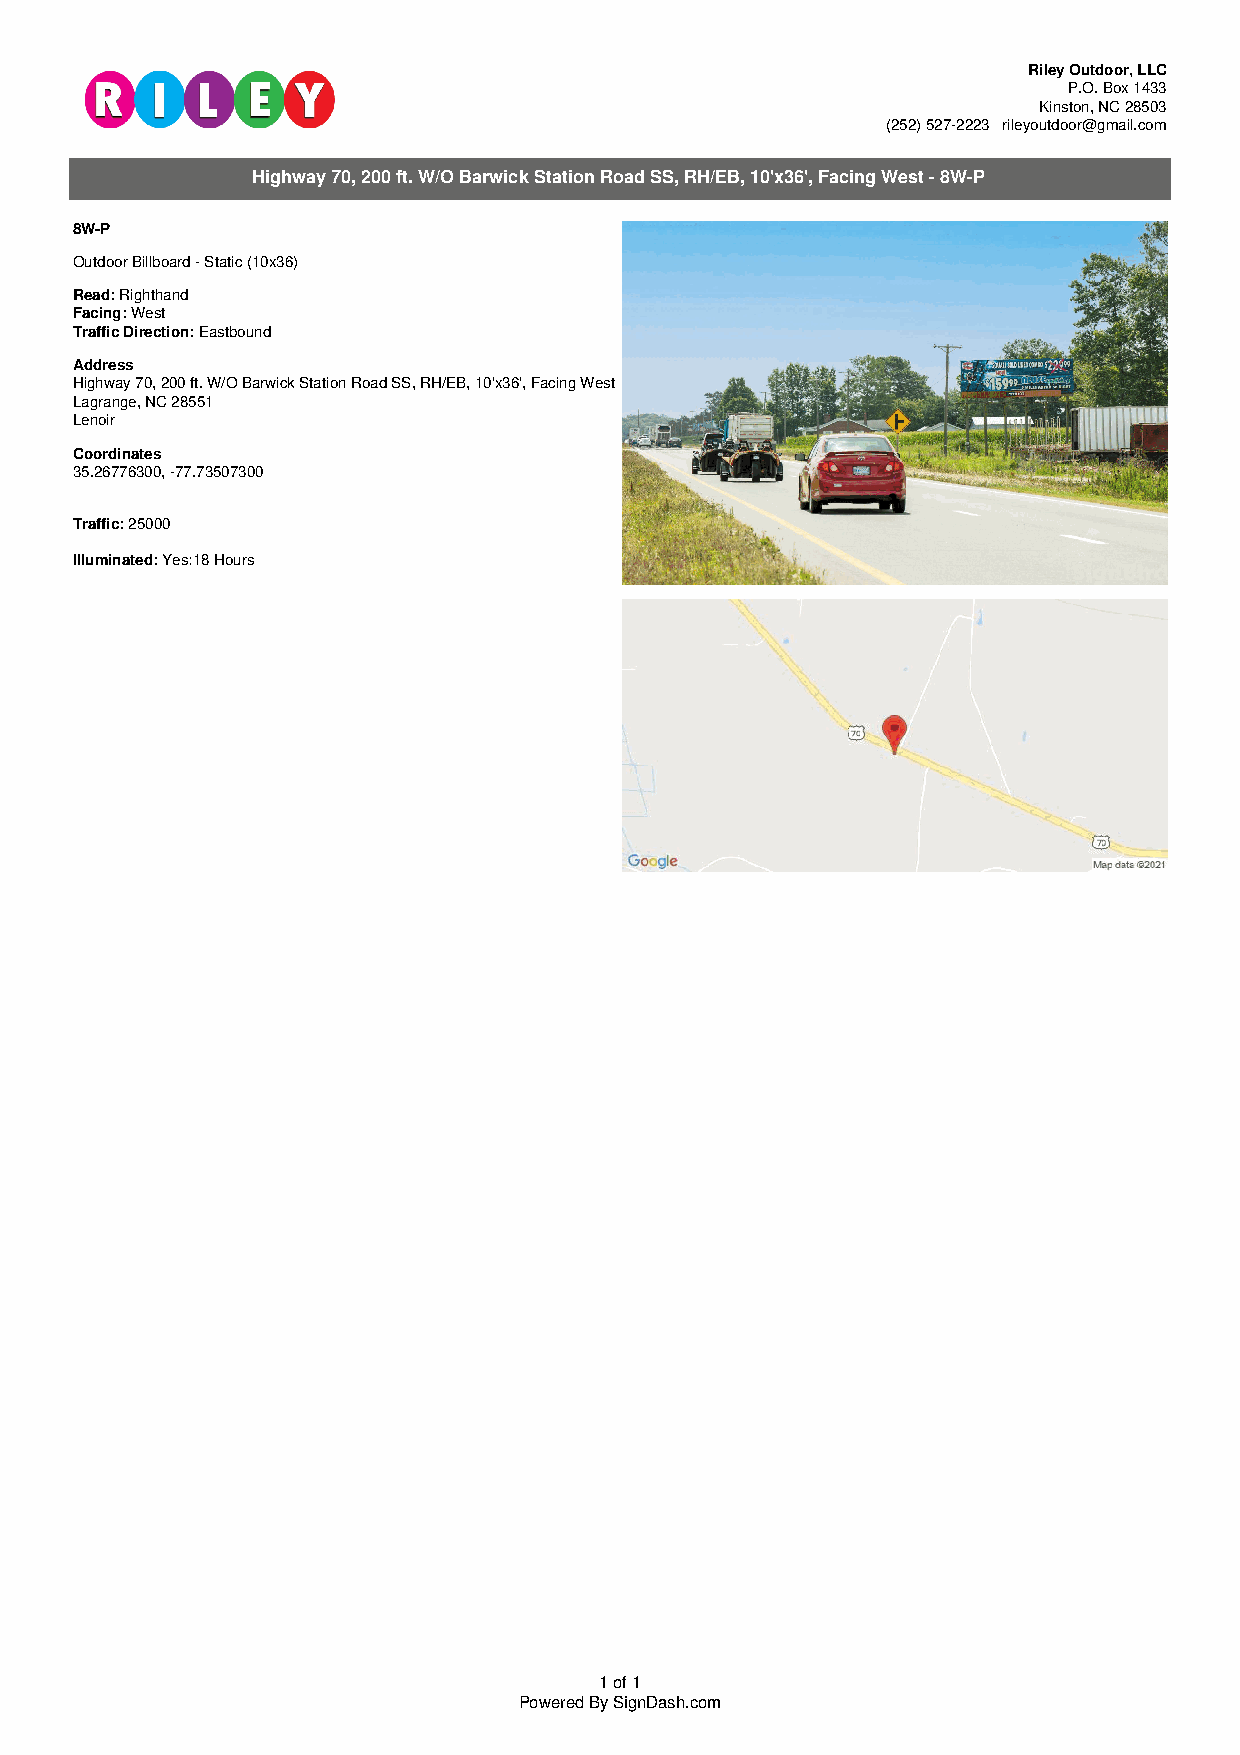
Riley Outdoor, LLC
 P.O. Box 1433
 Kinston, NC 28503
 (252) 527-2223 | rileyoutdoor@gmail.com
 Highway 70, 200 ft. W/O Barwick Station Road SS, RH/EB, 10'x36', Facing West - 8W-P
 8W-P
 Outdoor Billboard - Static (10x36)
 Read: Righthand
 Facing: West
 Traffic Direction: Eastbound
 Address
 Highway 70, 200 ft. W/O Barwick Station Road SS, RH/EB, 10'x36', Facing West
 Lagrange, NC 28551
 Lenoir
 Coordinates
 35.26776300, -77.73507300
 Traffic: 25000
 Illuminated: Yes:18 Hours
 1 of 1
 Powered By SignDash.com